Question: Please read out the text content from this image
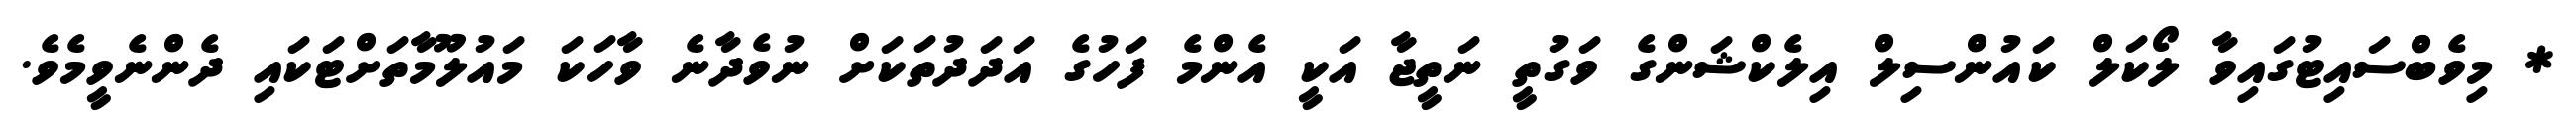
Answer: * މިވެބްސައިޓުގައިވާ ލޯކަލް ކައުންސިލް އިލެކްޝަންގެ ވަގުތީ ނަތީޖާ އަކީ އެންމެ ފަހުގެ އަދަދުތަކަށް ނުވެދާނެ ވާހަކަ މައުލޫމާތަށްޓަކައި ދެންނެވީމެވެ.